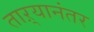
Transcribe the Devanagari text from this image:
ताऱ्यानंतर